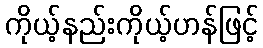
ကိုယ့်နည်းကိုယ့်ဟန်ဖြင့်